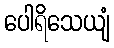
ပေါရိသေယျံ